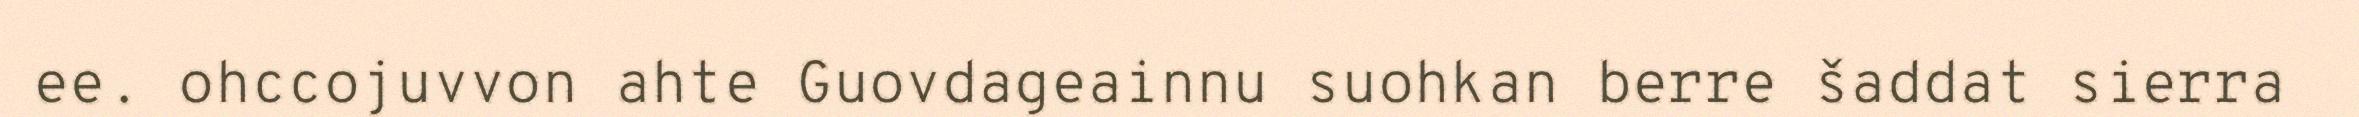
ee. ohccojuvvon ahte Guovdageainnu suohkan berre šaddat sierra